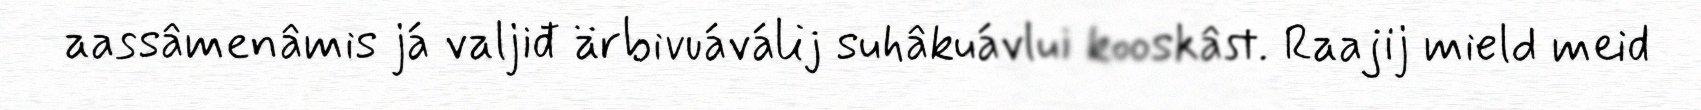
aassâmenâmis já valjiđ ärbivuáválij suhâkuávlui kooskâst. Raajij mield meid